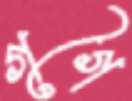
গগৈ